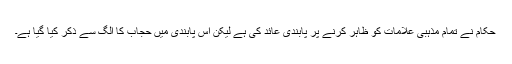
حکام نے تمام مذہبی علامات کو ظاہر کرنے پر پابندی عائد کی ہے لیکن اس پابندی میں حجاب کا الگ سے ذکر کیا گیا ہے۔